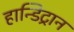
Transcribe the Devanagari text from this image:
हान्डिट्रान